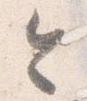
今